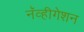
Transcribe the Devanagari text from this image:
नॅव्हीगेशन